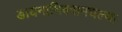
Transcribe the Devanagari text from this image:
डायनामिक्समधल्या